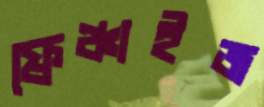
ফ্রেঞ্চাইজ